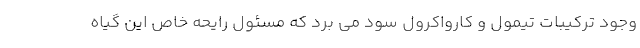
وجود ترکیبات تیمول و کارواکرول سود می برد که مسئول رایحه خاص این گیاه